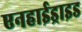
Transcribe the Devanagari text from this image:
एनहाईड्राइड